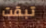
تبقت